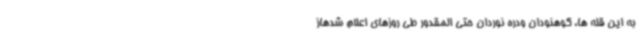
به این قله ها، کوهنودان ودره نوردان حتی المقدور طی روزهای اعلام شدهاز